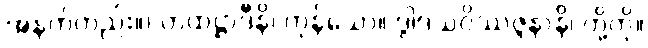
အနက်တည်း။) တထဋ္ဌာဒီနိ၊ ကုန်သော။ ဒွါဒသဝိဿဇ္ဇနာနိ၊ တို့ကို။